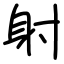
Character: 射